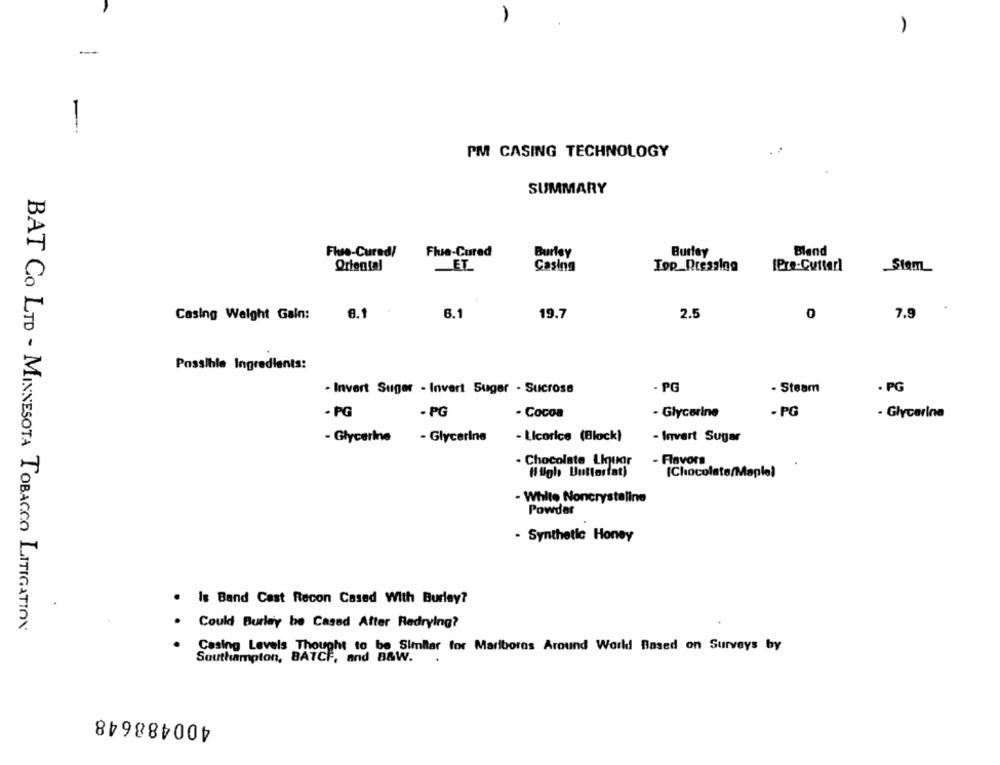
A
1
---
PM CASING TECHNOLOGY
SUMMARY
Burley
Blend
Flue-Cured/
Flue-Cured
Burley
Oriental
ET
Casing
Top_Dressing
IPre-Cutterl
Casing Weight Gain:
6.1
6.1
19.7
2.5
0
7.9
Possible Ingredients:
- Invert Suger - Invert Sugar - Sucrose
- PG
· Steam
· PG
- PG
- PG
- Glycerine
- PG
- Cocoa
- Glycerine
- Licorice (Block)
- Glycerine
- Glycerine
- Invert Sugar
- Flavors
. Chocolate Liquor
(Sigh Buttosfat)
[Chocolate/Maple)
- White Noncrystaline
Powder
- Synthetic Honey
. Is Band Cast Recon Cased With Burley?
BAT Co LTD - MINNESOTA TOBACCO LITIGATION
Could Burley be Cased After Redrying?
Casing Levels Thought to be Similar for Mariboros Around World! Based on Surveys by
Southampton, BATCH, and B&W.
400488648